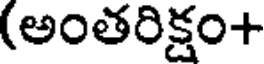
(అంతరిక్షం+